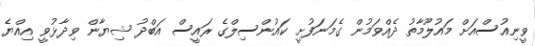
ވީނިއުސްއަށް މައުލޫމާތު ދެއްވަމުން ގެމަނަފުށީ ކައުންސިލްގެ ރައީސް އަބްދު ޝިޔާން ވިދާޅުވީ އިއްޔެ